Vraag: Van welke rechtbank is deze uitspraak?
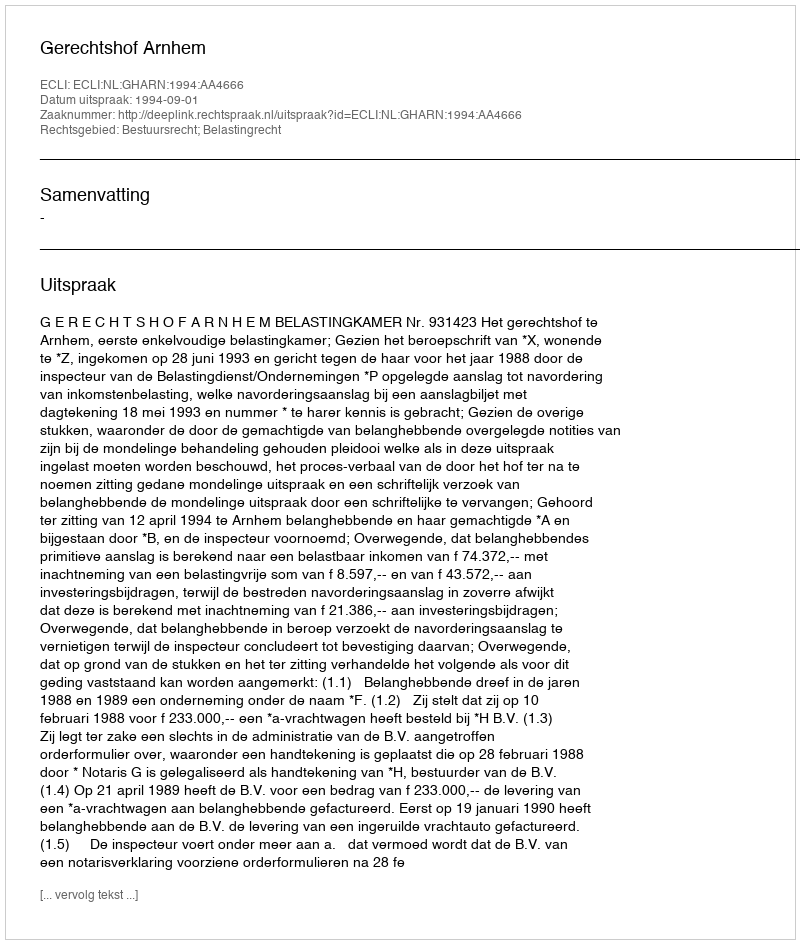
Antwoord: Gerechtshof Arnhem